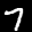
Label: 7